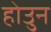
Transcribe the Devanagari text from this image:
होउुन